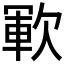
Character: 𣣞